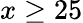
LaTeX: x\geq 25